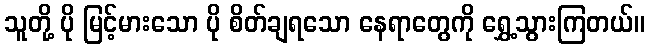
သူတို့ ပို မြင့်မားသော ပို စိတ်ချရသော နေရာတွေကို ရွှေ့သွားကြတယ်။